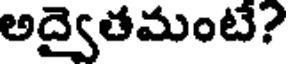
అద్వైతమంటే?